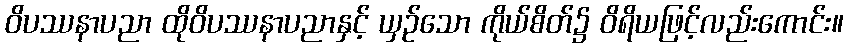
ဝိပဿနာပညာ ထိုဝိပဿနာပညာနှင့် ယှဉ်သော ကိုယ်စိတ်၌ ဝိရိယဖြင့်လည်းကောင်း။